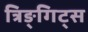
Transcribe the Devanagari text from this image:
त्रिङ्गिट्स